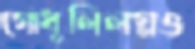
গোধূলিলগ্নও